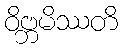
ဝိဗ္ဘမိဿတိ